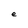
Character: e